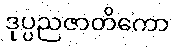
ဒုပ္ပညဇာတိကော